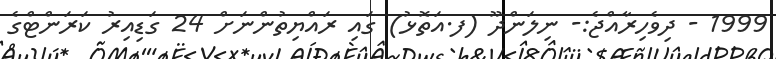
1999 - ދިވެހިރާއްޖެ:- ނިލަންދޫ (ފ.އަތޮޅު) ގައި ރައްޔިތުންނަށް 24 ގަޑިއިރު ކަރަންޓްގެ